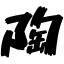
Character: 陶